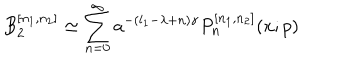
B _ { 2 } ^ { [ n _ { 1 } , n _ { 2 } ] } \simeq \sum _ { n = 0 } ^ { \infty } a ^ { - ( l _ { 1 } - \lambda + n ) \gamma } P _ { n } ^ { [ n _ { 1 } , n _ { 2 } ] } ( x ; p )